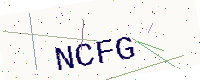
Text: NCFG